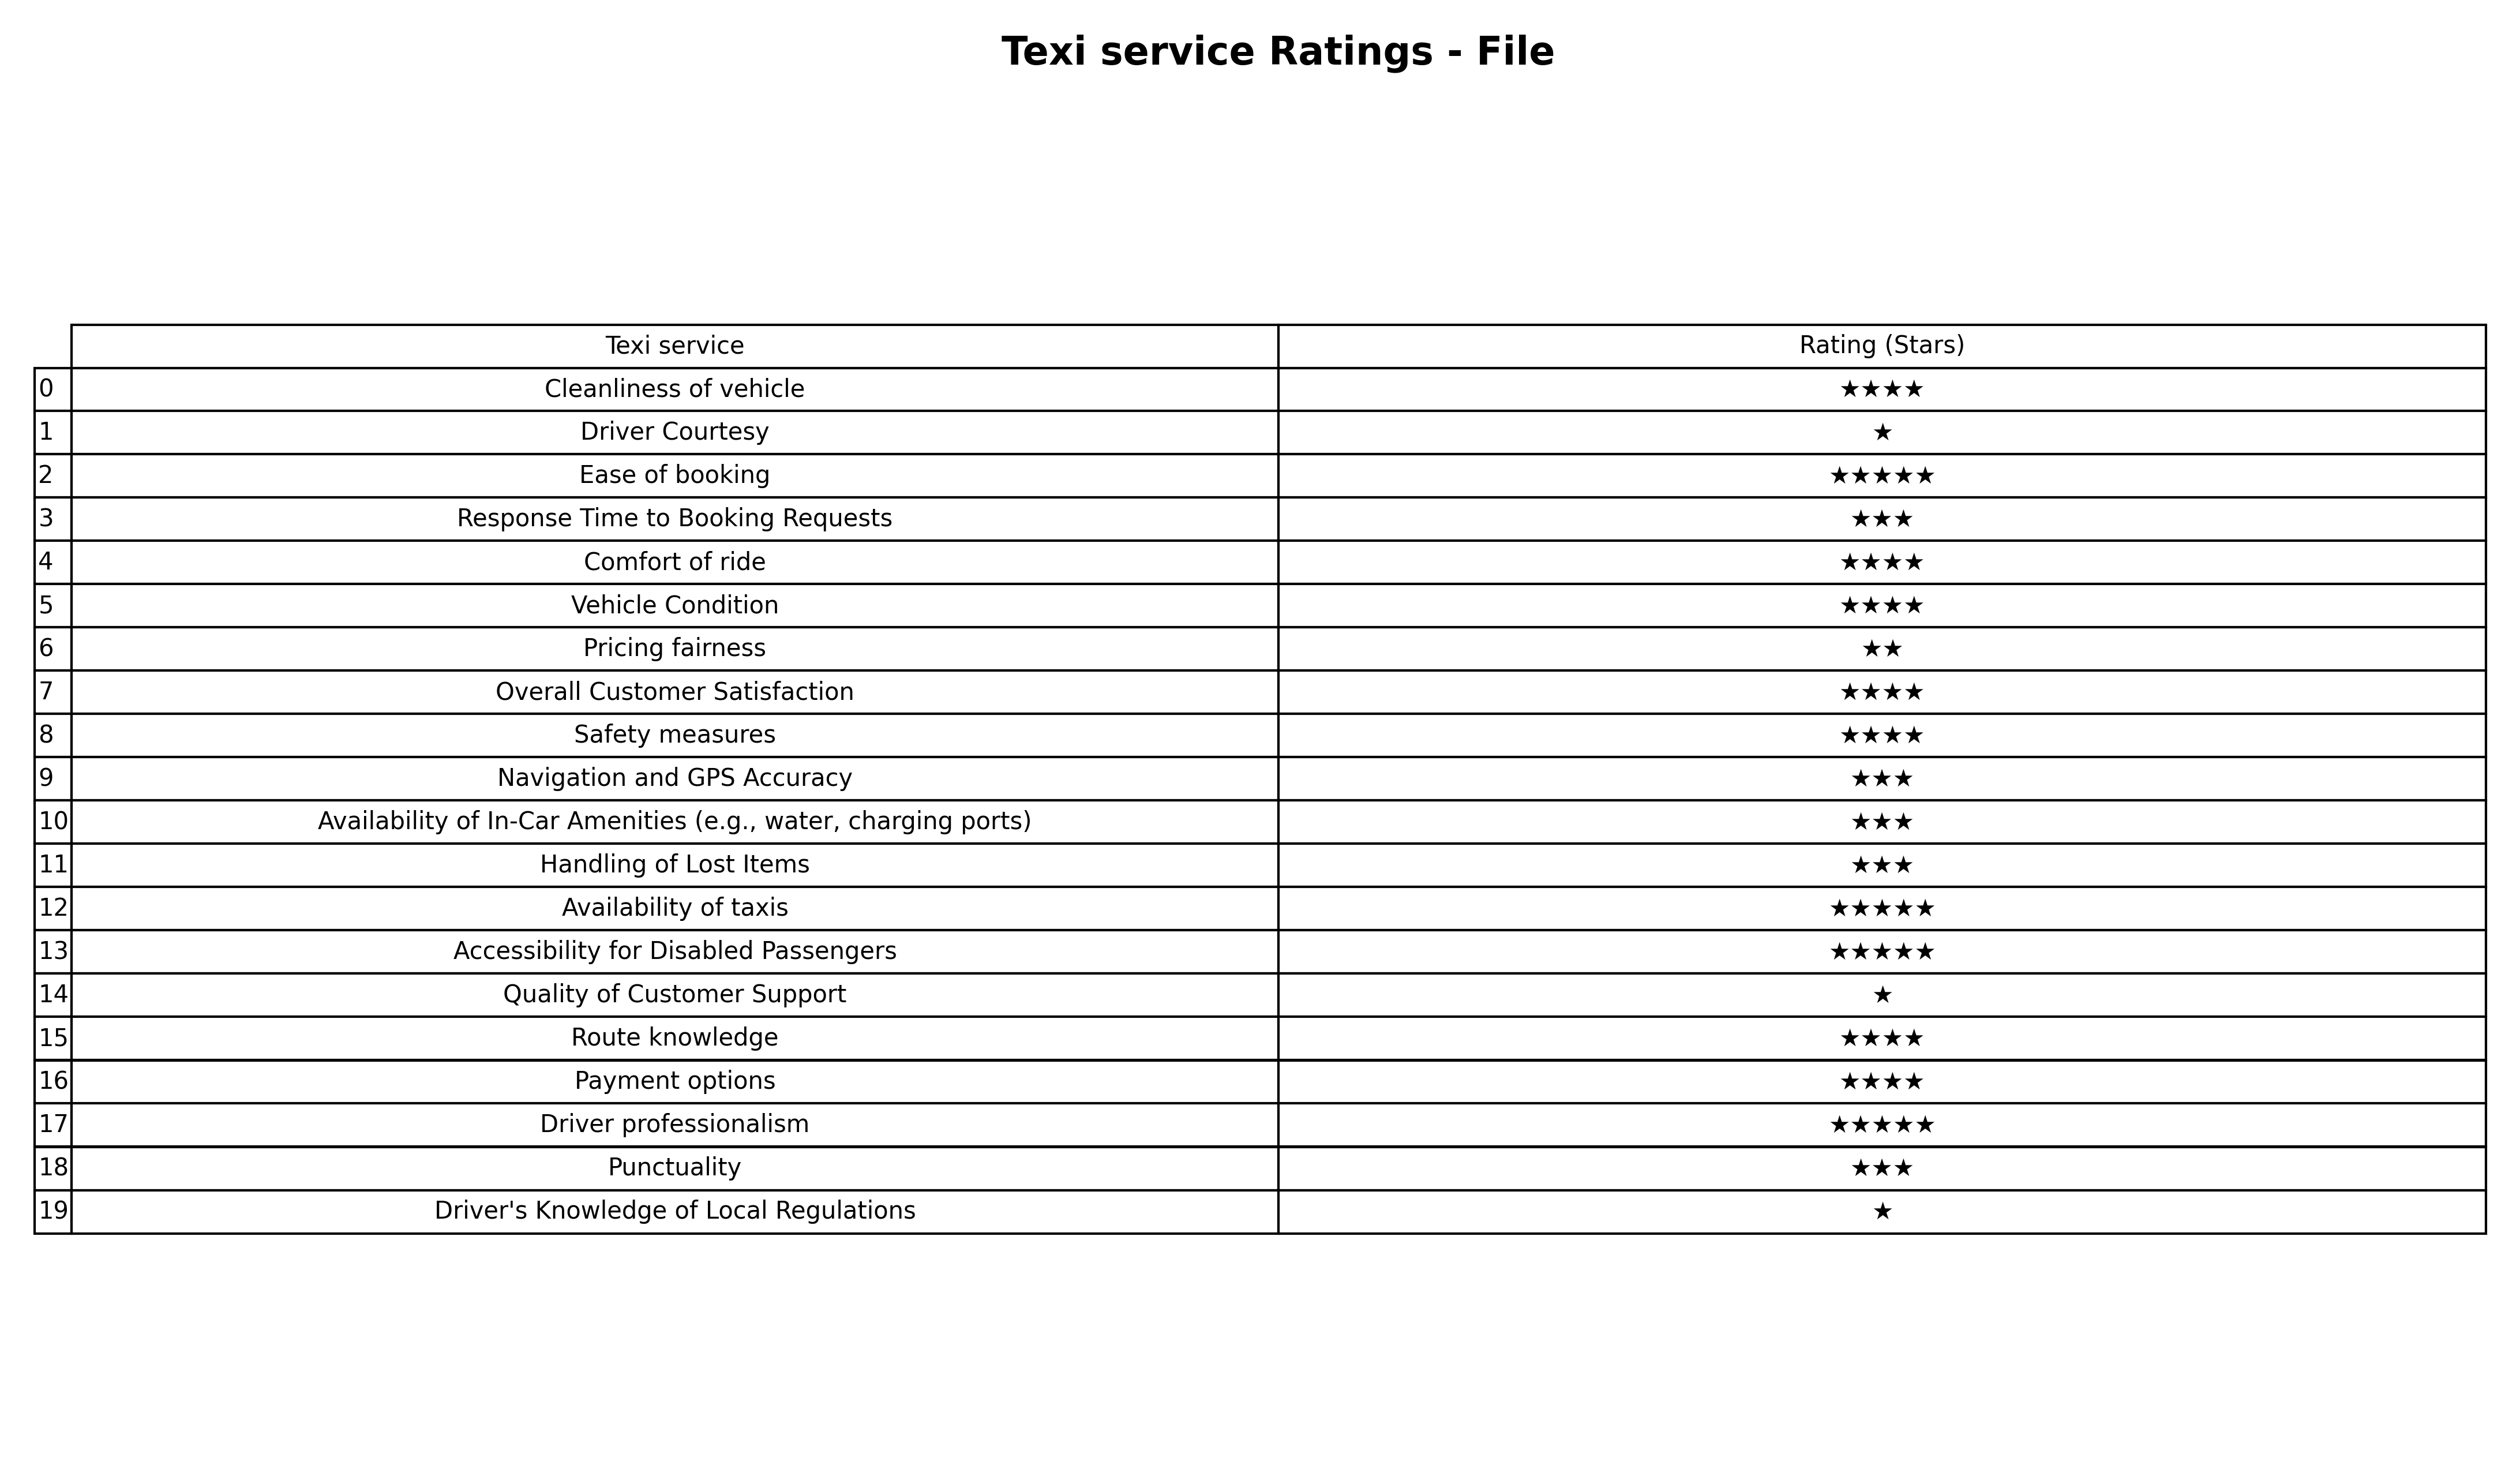
question: What are three star services?
answer: Response Time to Booking RequestsNavigation and GPS AccuracyAvailability of In-Car Amenities (e.g., water, charging ports)Handling of Lost ItemsPunctuality